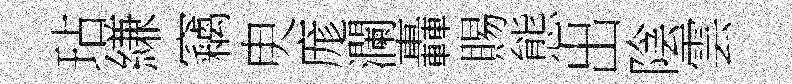
玷縑竊㬰庬瀾轟賜態出陰雲